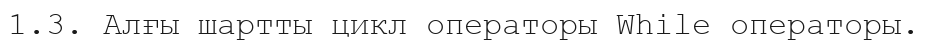
1.3. Алғы шартты цикл операторы While операторы.